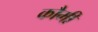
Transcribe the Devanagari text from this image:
कौमीं